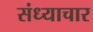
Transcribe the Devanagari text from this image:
संध्याचार